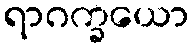
ရာဂက္ခယော